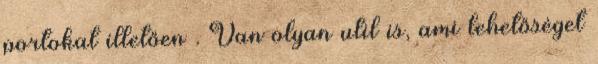
portokat illetően . Van olyan util is, ami lehetőséget